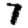
Digit: 7